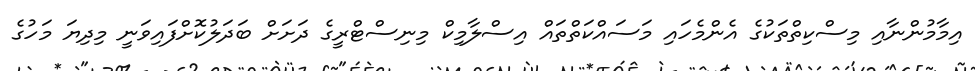
އިމާމުންނާއި މިސްކިތްތަކުގެ އެންމެހައި މަސައްކަތްތައް އިސްލާމިކް މިނިސްޓްރީގެ ދަށަށް ބަދަލުކޮށްފައިވަނީ މިދިޔަ މަހުގެ